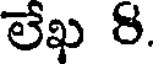
లేఖ 8.